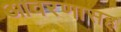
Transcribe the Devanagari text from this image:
आवरणासह